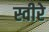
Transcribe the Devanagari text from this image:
स्वीरे